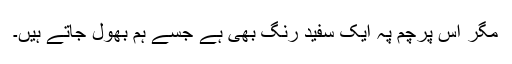
مگر اس پرچم پہ ایک سفید رنگ بھی ہے جسے ہم بھول جاتے ہیں۔